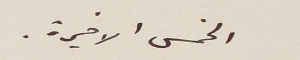
الخمس الاخيرة.